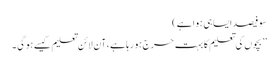
سو فیصد ایسا ہی ہوا ہے )
’’ بچوں کی تعلیم کا بہت حرج ہو رہا ہے ، آن لائن تعلیم کیسے ہو گی ۔